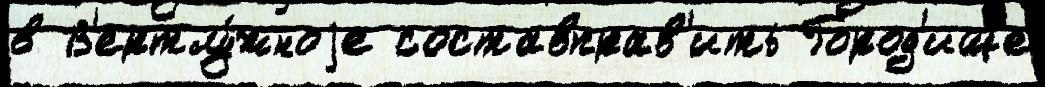
в В'ертлу́жноjе составправ'ить Город'ище